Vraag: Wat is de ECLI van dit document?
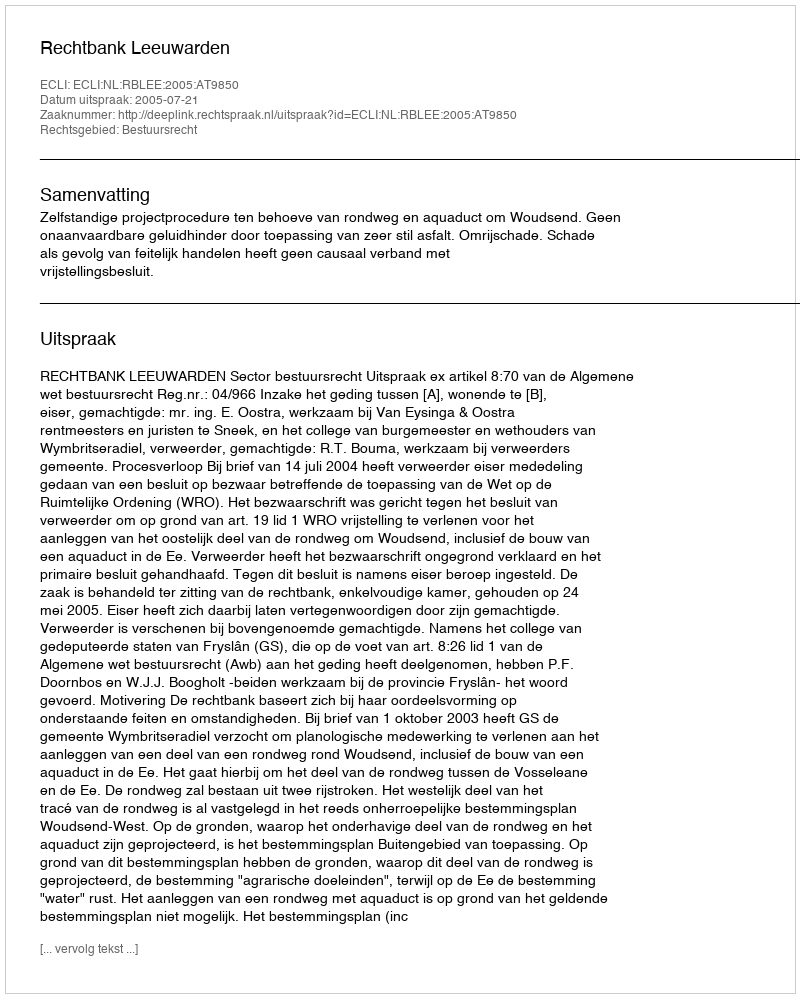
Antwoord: ECLI:NL:RBLEE:2005:AT9850